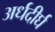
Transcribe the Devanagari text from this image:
अर्धदीर्घ